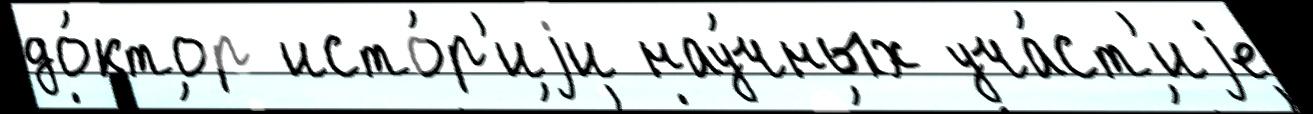
до́ктор исто́р'иjи нау́чных уча́ст'иjе